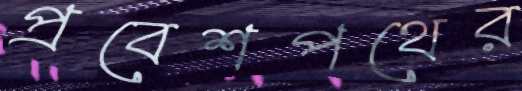
প্রবেশপথের